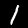
Digit: 1